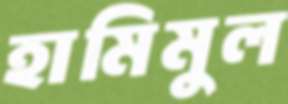
হামিমুল